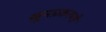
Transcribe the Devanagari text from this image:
खूनप्रकरणी